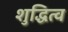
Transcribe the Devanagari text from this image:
शुद्धित्व